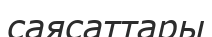
саясаттары